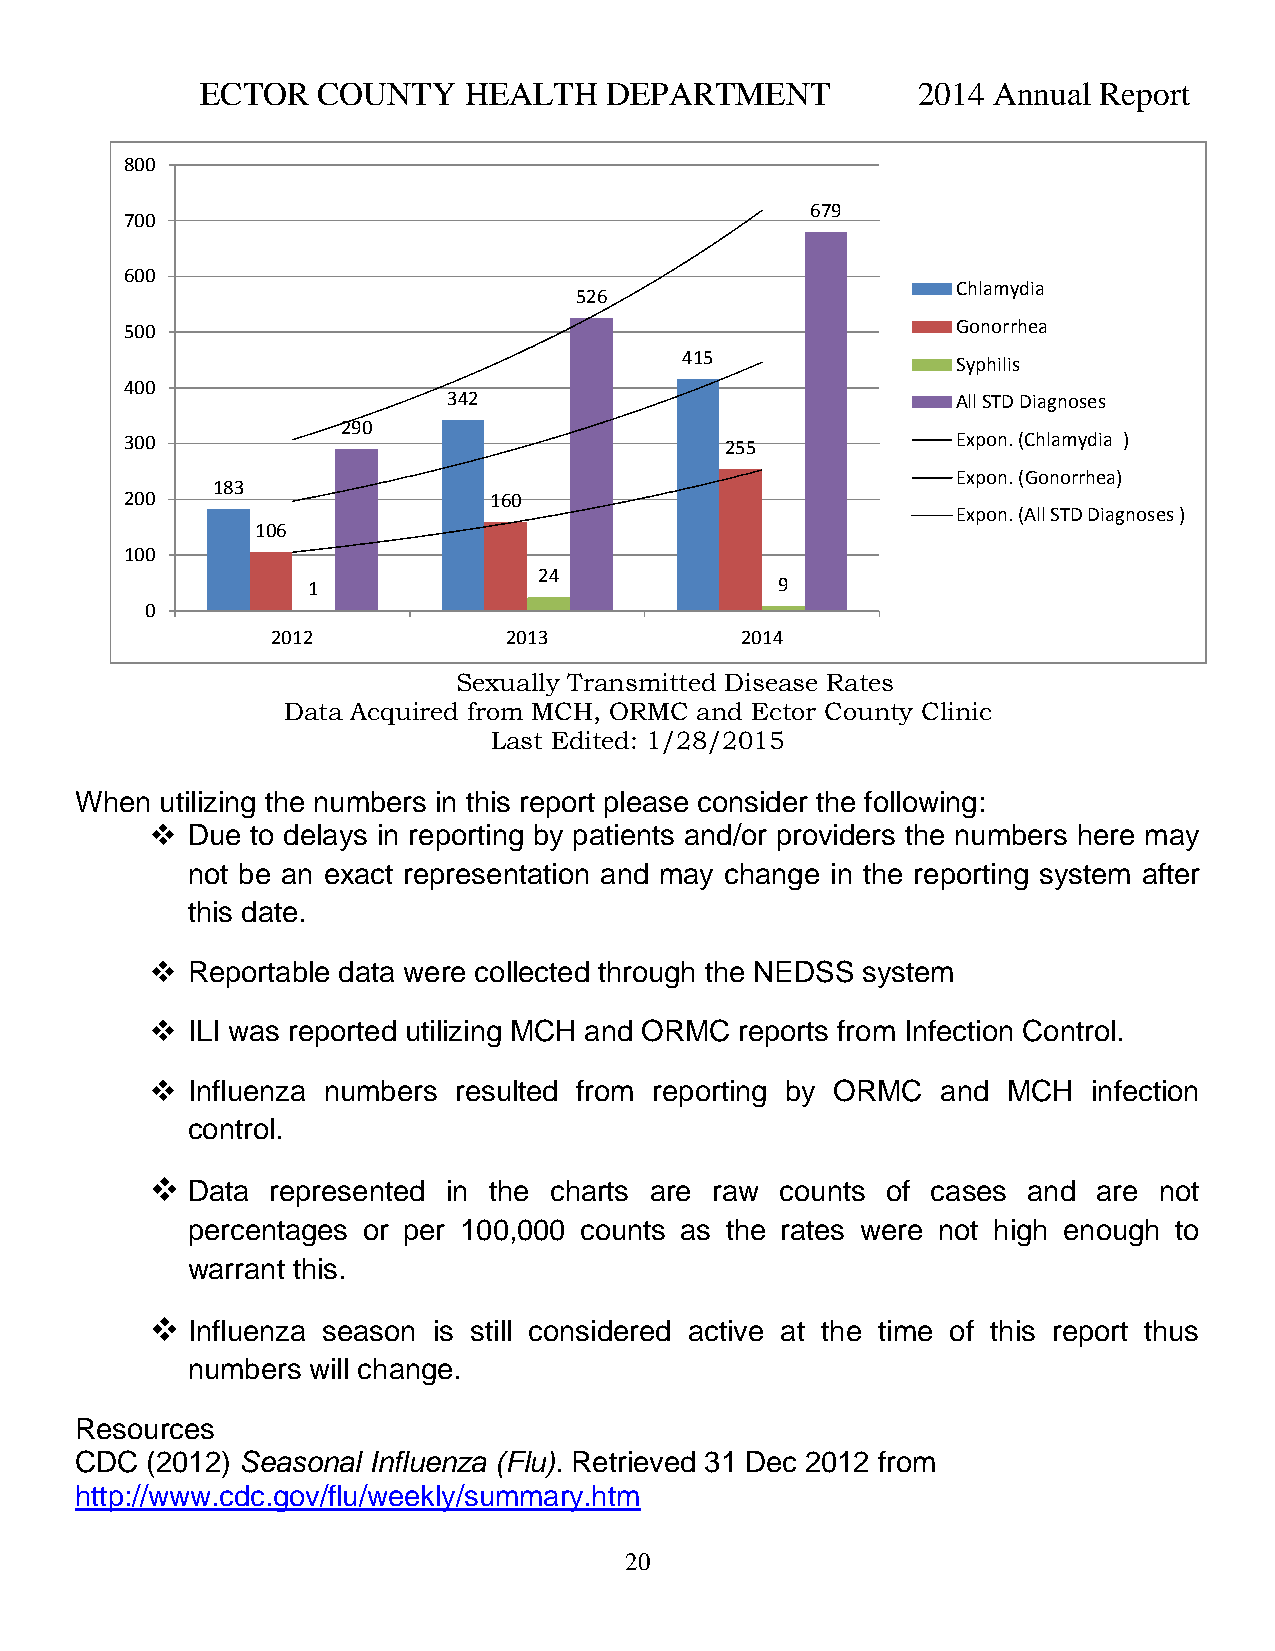
ECTOR   COUNTY    HEALTH   DEPARTMENT           2014 Annual Report
 800
 679
 700
 600
 Chlamydia
 526
 500                                                    Gonorrhea
 415               Syphilis
 400
 342                              All STD Diagnoses
 290
 300                                     255            Expon. (Chlamydia )
 Expon. (Gonorrhea)
 183
 200                     160
 Expon. (All STD Diagnoses )
 106
 100
 24
 1                               9
 0
 2012            2013           2014
 Sexually Transmitted Disease Rates
 Data Acquired from MCH, ORMC and Ector County Clinic
 Last Edited: 1/28/2015
 When  utilizing the numbers in this report please consider the following:
  Due  to delays in reporting by patients and/or providers the numbers here may
 not be an exact representation and may change in the reporting system after
 this date.
  Reportable data were collected through the NEDSS system
  ILI was reported utilizing MCH and ORMC reports from Infection Control.
  Influenza numbers resulted from reporting by ORMC and  MCH  infection
 control.
  Data  represented in the charts are raw counts of cases and  are not
 percentages or per 100,000 counts as the rates were not high enough to
 warrant this.
  Influenza season is still considered active at the time of this report thus
 numbers will change.
 Resources
 CDC  (2012) Seasonal Influenza (Flu). Retrieved 31 Dec 2012 from
 http://www.cdc.gov/flu/weekly/summary.htm
 20